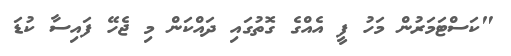
"ކަސްޓަމަރުން މަހު ފީ އެއްގެ ގޮތުގައި ދައްކަން މި ޖެހޭ ފައިސާ ކުޑަ